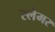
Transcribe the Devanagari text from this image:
स्लैमर